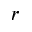
{ r }